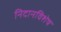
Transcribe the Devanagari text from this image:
निदानविशेष